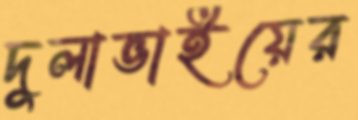
দুলাভাইয়ের